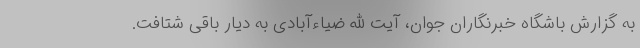
به گزارش باشگاه خبرنگاران جوان، آیت الله ضیاءآبادی به دیار باقی شتافت.